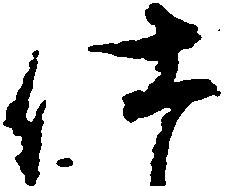
仕